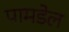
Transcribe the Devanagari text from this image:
पामडेल